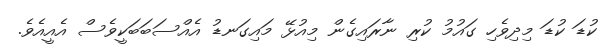
ކުޑަ ކުޑަ މިދިވެހި ގައުމު ކުރި ނާރައިގެން މިއުޅޭ މައިގަނޑު އެއްސަބަބަކީވެސް އެއީއެވެ.